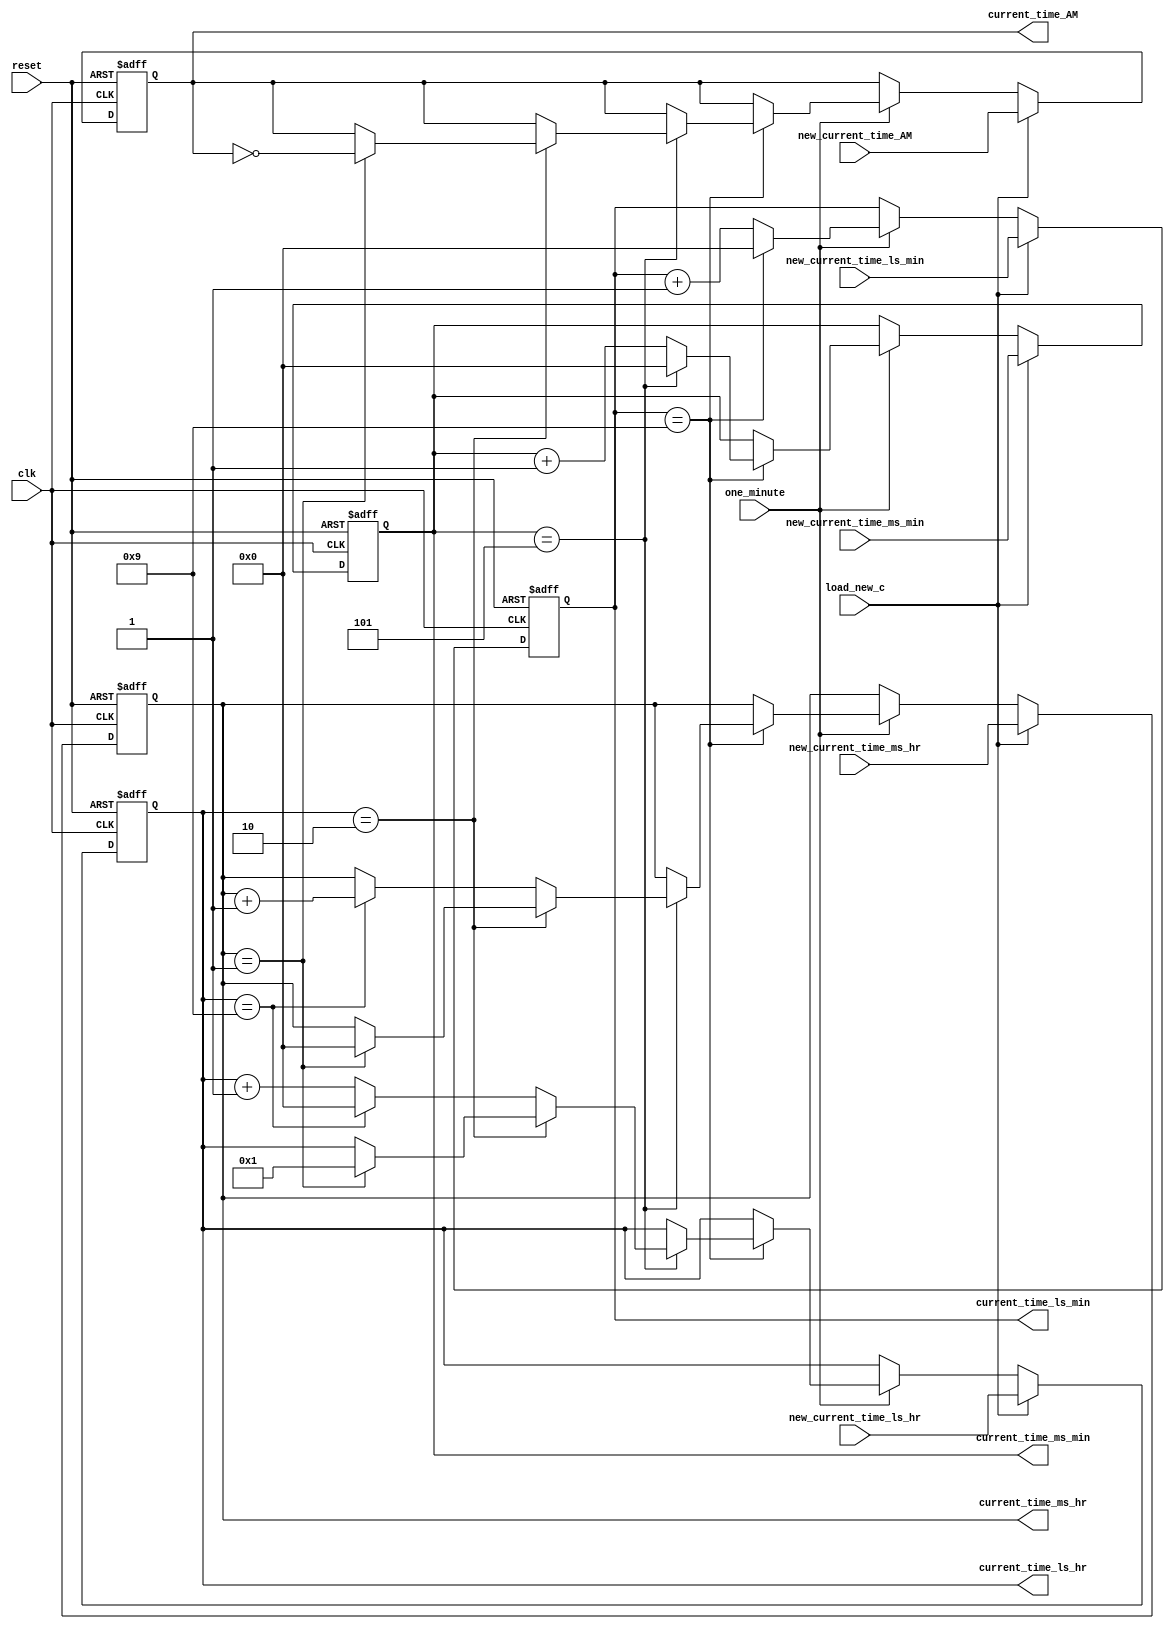
module counting_logic(new_current_time_ls_min, new_current_time_ms_min,
		new_current_time_ls_hr, new_current_time_ms_hr, new_current_time_AM,
		load_new_c, reset, clk, one_minute,
		current_time_ls_min, current_time_ms_min,
		current_time_ls_hr, current_time_ms_hr, current_time_AM);

input [3:0]	new_current_time_ls_min,
		new_current_time_ms_min,
		new_current_time_ls_hr,
		new_current_time_ms_hr;
input		new_current_time_AM;

input load_new_c, reset, clk, one_minute;

output [3:0]	current_time_ls_min,
		current_time_ms_min,
		current_time_ls_hr,
		current_time_ms_hr;
output		current_time_AM;

reg [3:0] ls_min, ms_min, ls_hr, ms_hr;
reg AM;

wire [3:0]	current_time_ls_min,
		current_time_ms_min,
		current_time_ls_hr,
		current_time_ms_hr;
wire		current_time_AM;


always@ (posedge clk or posedge reset)
begin
	if (reset)
	begin
		ls_min	<= 4'b0000;
		ms_min	<= 4'b0000;
		ls_hr	<= 4'b0000;
		ms_hr	<= 4'b0000;
		AM	<= 1'b0;
	end
	else if (load_new_c)
	begin
		ls_min	<= new_current_time_ls_min;
		ms_min	<= new_current_time_ms_min;
		ls_hr	<= new_current_time_ls_hr;
		ms_hr	<= new_current_time_ms_hr;
		AM	<= new_current_time_AM;
	end
	else
	begin
		if(one_minute)
		begin
			if (ls_min == 9)
			begin
				ls_min <= 0;
				if (ms_min == 5)
				begin
					ms_min <= 0;
					if (ls_hr == 2)
					begin	
						if(ms_hr == 1)
						begin
							ms_hr <= 0;
							ls_hr <= 1;
							AM <= ~AM;
						end
					end
					else if (ls_hr == 9)		
					begin
						ms_hr <= ms_hr + 1;
						ls_hr <= 0;
					end
					else
					begin
						ls_hr <= ls_hr+1;
					end
				end				
				else
				begin
					ms_min <= ms_min + 1;
				end
			end
			else
			begin
				ls_min <= ls_min + 1;
			end
		end
	end
end

assign current_time_ls_min = ls_min;
assign current_time_ms_min = ms_min;
assign current_time_ls_hr  = ls_hr;
assign current_time_ms_hr  = ms_hr;
assign current_time_AM  = AM;

endmodule